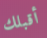
أقبلك